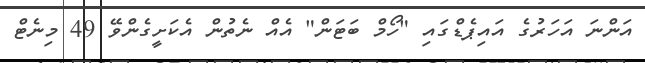
އަންނަ އަހަރުގެ އައިޕެޑްގައި "ހޯމް ބަޓަން" އެއް ނެތުން އެކަށީގެންވޭ 49 މިނެޓް